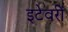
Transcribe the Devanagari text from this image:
इटेवरीं